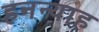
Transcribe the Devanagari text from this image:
हनन्याह